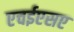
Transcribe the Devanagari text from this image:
एचईएसए